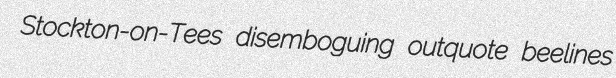
Stockton-on-Tees disemboguing outquote beelines